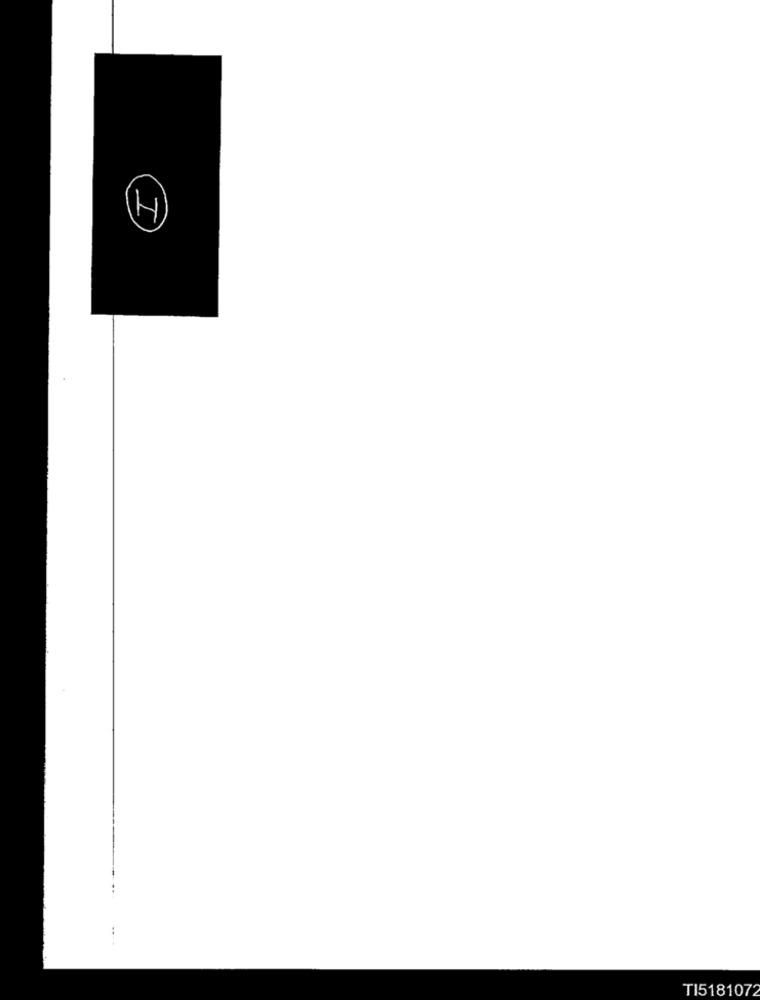
T
TI5181072